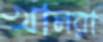
খানরা